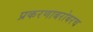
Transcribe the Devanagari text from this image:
प्रकरणाबरोबरच